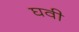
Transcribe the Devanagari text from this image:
घवी